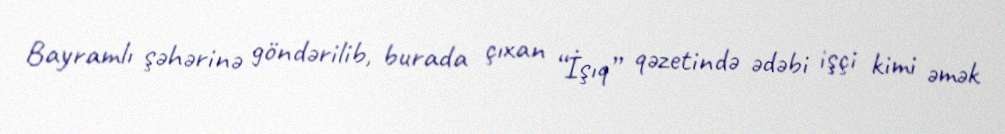
Bayramlı şəhərinə göndərilib, burada çıxan “İşıq” qəzetində ədəbi işçi kimi əmək